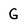
Character: G